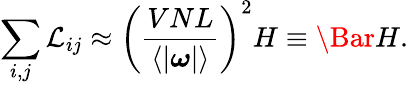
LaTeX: \sum_{i,j}\mathcal{L}_{ij}\approx\left(\frac{VNL}{\langle|\boldsymbol{\omega}|\rangle}\right)^{2}H\equiv\Bar{H}.